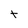
Character: t